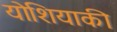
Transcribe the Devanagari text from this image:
योशियाकी